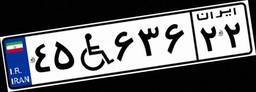
۴۵W۶۳۶۲۲